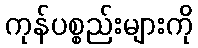
ကုန်ပစ္စည်းများကို